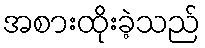
အစားထိုးခဲ့သည်